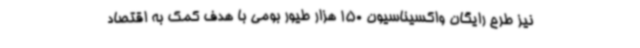
نیز طرح رایگان واکسیناسیون 150 هزار طیور بومی با هدف کمک به اقتصاد